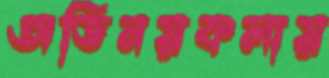
অভিনয়কলায়